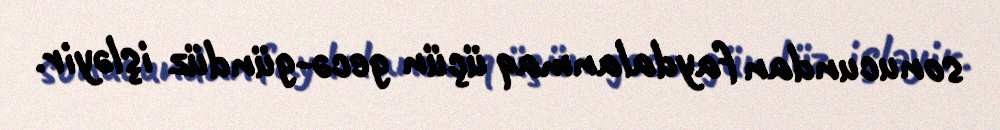
sonucundan faydalanmaq üçün gecə-gündüz işləyir.